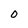
Character: 0